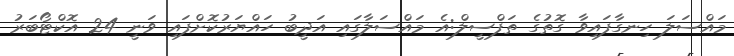
މައްސަލަ ހިނގާފައިވާ ގޮތުގެ ތަފްސީލް:އެ މައްސަލާގައި އަދީބު ހައްޔަރުކޮށްފައި ވަނީ 24 އޮކްޓޯބަރު